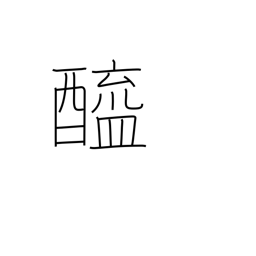
Meaning: vinegar